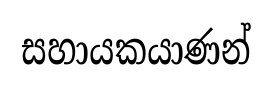
සහායකයාණන්